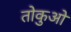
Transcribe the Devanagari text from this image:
तोकुओ